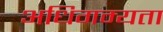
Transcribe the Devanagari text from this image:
अधिगम्यता